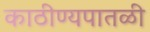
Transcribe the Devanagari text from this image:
काठीण्यपातळी